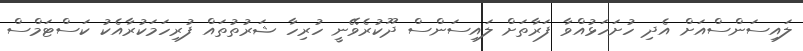
ލައިސަންސްއަށް އެދި ހުށަހަޅުއްވާ ފަރާތަށް ލައިސަންސް ދޫކުރެވޭނީ ހުރިހާ ޝަރުތުތައް ފުރިހަމަކުރާއެކު ކަސްޓަމްސް